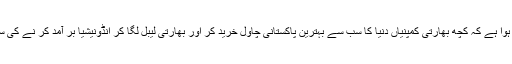
ذرائع سے انکشاف ہوا ہے کہ کچھ بھارتی کمپنیاں دنیا کا سب سے بہترین پاکستانی چاول خرید کر اور بھارتی لیبل لگا کر انڈونیشیا بر آمد کر نے کی سازش کر رہی ہیں ۔